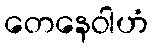
တေနေဝါဟံ